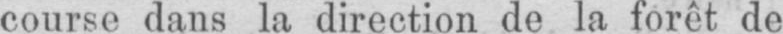
course dans la direction de la forêt de